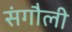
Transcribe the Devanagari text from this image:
संगौली